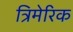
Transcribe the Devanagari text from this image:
त्रिमेरिक